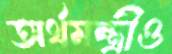
অর্থমন্ত্রীও